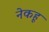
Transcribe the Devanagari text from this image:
नेकहू